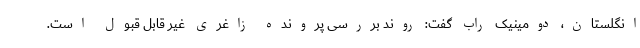
انگلستان، دومینیک راب گفت: روند بررسی پرونده زاغری غیر قابل قبول است.